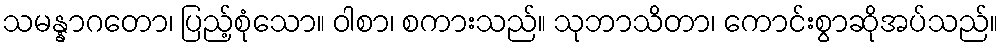
သမန္နာဂတော၊ ပြည့်စုံသော။ ဝါစာ၊ စကားသည်။ သုဘာသိတာ၊ ကောင်းစွာဆိုအပ်သည်။